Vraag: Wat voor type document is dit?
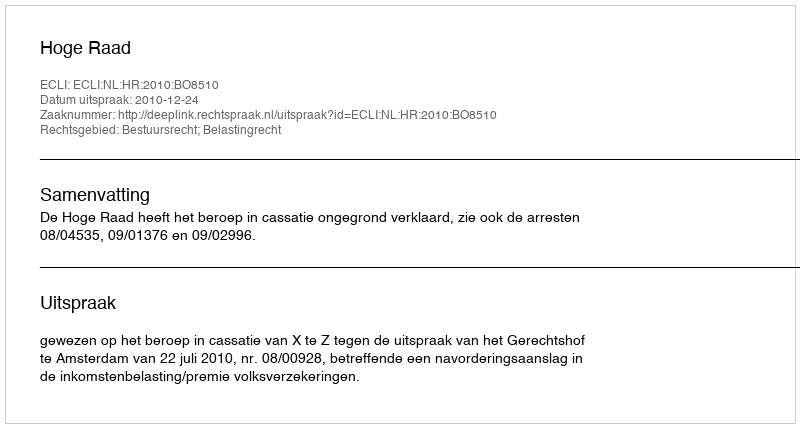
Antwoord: Uitspraak